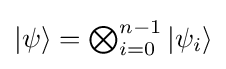
{\textstyle |\psi \rangle =\bigotimes _{i=0}^{n-1}|\psi _{i}\rangle }